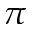
\pi